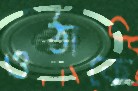
ওঠাকে